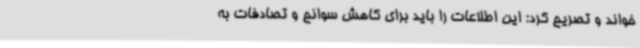
خواند و تصریح کرد: این اطلاعات را باید برای کاهش سوانح و تصادفات به